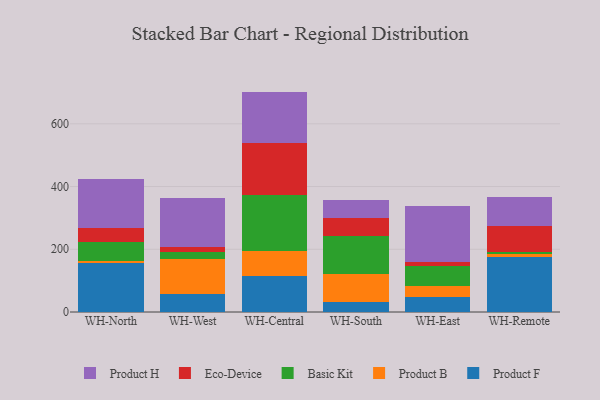
{"axis": {"x": "Warehouse", "y": "Churn Rate (%)"}, "legend": ["Basic Kit", "Eco-Device", "Product B", "Product F", "Product H"], "data": [{"x": "WH-North", "y": 155.7, "type": "Product F"}, {"x": "WH-North", "y": 7.3, "type": "Product B"}, {"x": "WH-North", "y": 60.0, "type": "Basic Kit"}, {"x": "WH-North", "y": 45.7, "type": "Eco-Device"}, {"x": "WH-North", "y": 154.3, "type": "Product H"}, {"x": "WH-West", "y": 58.5, "type": "Product F"}, {"x": "WH-West", "y": 111.3, "type": "Product B"}, {"x": "WH-West", "y": 21.3, "type": "Basic Kit"}, {"x": "WH-West", "y": 14.8, "type": "Eco-Device"}, {"x": "WH-West", "y": 158.6, "type": "Product H"}, {"x": "WH-Central", "y": 114.3, "type": "Product F"}, {"x": "WH-Central", "y": 80.6, "type": "Product B"}, {"x": "WH-Central", "y": 179.5, "type": "Basic Kit"}, {"x": "WH-Central", "y": 164.9, "type": "Eco-Device"}, {"x": "WH-Central", "y": 163.4, "type": "Product H"}, {"x": "WH-South", "y": 31.9, "type": "Product F"}, {"x": "WH-South", "y": 88.1, "type": "Product B"}, {"x": "WH-South", "y": 122.9, "type": "Basic Kit"}, {"x": "WH-South", "y": 56.9, "type": "Eco-Device"}, {"x": "WH-South", "y": 58.6, "type": "Product H"}, {"x": "WH-East", "y": 46.4, "type": "Product F"}, {"x": "WH-East", "y": 36.8, "type": "Product B"}, {"x": "WH-East", "y": 64.8, "type": "Basic Kit"}, {"x": "WH-East", "y": 11.9, "type": "Eco-Device"}, {"x": "WH-East", "y": 178.0, "type": "Product H"}, {"x": "WH-Remote", "y": 175.3, "type": "Product F"}, {"x": "WH-Remote", "y": 9.6, "type": "Product B"}, {"x": "WH-Remote", "y": 6.9, "type": "Basic Kit"}, {"x": "WH-Remote", "y": 83.1, "type": "Eco-Device"}, {"x": "WH-Remote", "y": 91.9, "type": "Product H"}]}